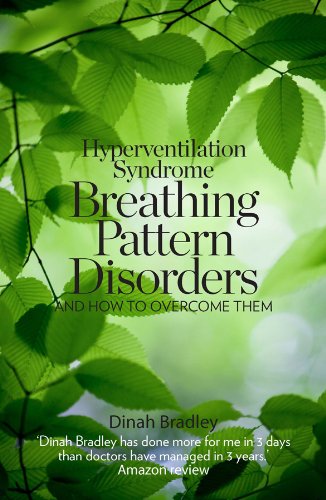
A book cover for Hyperventilation Syndrome: Breathing Pattern Disorders and How to Overcome Them; Dinah Bradley; Health, Fitness & Dieting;